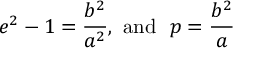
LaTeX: e ^ { 2 } - 1 = { \frac { b ^ { 2 } } { a ^ { 2 } } } , { \mathrm { ~ a n d ~ } } \ p = { \frac { b ^ { 2 } } { a } }